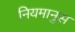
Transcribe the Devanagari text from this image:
नियमानुस